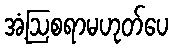
အံ့ဩစရာမဟုတ်ပေ